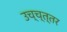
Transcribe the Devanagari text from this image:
उच्च्त्तर